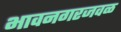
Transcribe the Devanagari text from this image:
भावनगरजवळ